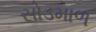
સોડમાળ